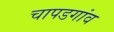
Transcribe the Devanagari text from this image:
चापडगांव